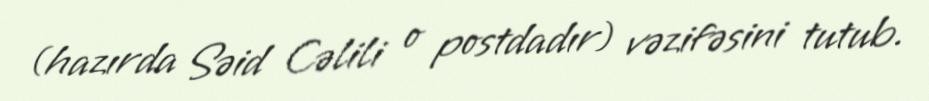
(hazırda Səid Cəlili o postdadır) vəzifəsini tutub.